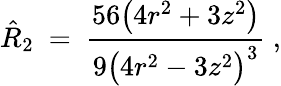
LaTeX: \hat{R}_{2}\ =\ \frac{56\big(4r^{2}+3z^{2}\big)}{9\big(4r^{2}-3z^{2}\big)^{3}}~,